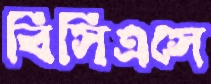
বিসিএসে